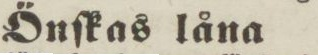
Önſkas låna